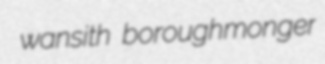
wansith boroughmonger